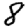
Digit: 8